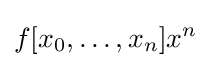
f[x_{0},\dots ,x_{n}]x^{n}